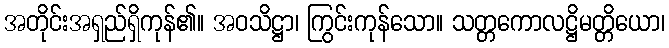
အတိုင်းအရှည်ရှိကုန်၏။ အဝသိဋ္ဌာ၊ ကြွင်းကုန်သော။ သတ္တကောလဋ္ဌိမတ္တိယော၊